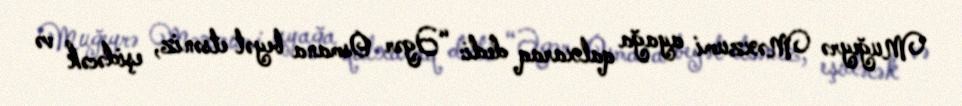
Muğeyrə Məxzumi ayağa qalxaraq dedi: “Əgər Osmana beyət etsəniz, eşidəcək və